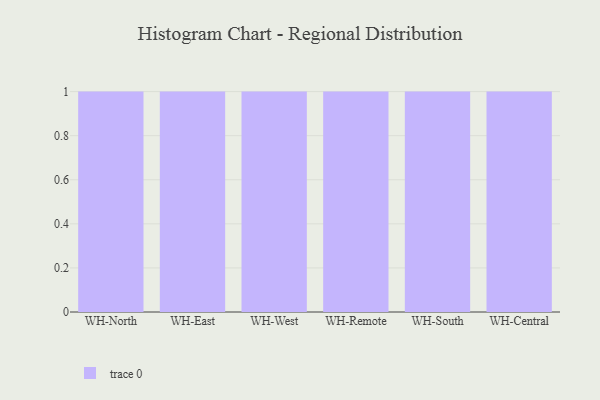
{"axis": {"x": "Warehouse", "y": "Tickets Resolved"}, "legend": [""], "data": [{"x": "WH-North", "y": 55, "type": ""}, {"x": "WH-East", "y": 14, "type": ""}, {"x": "WH-West", "y": 18, "type": ""}, {"x": "WH-Remote", "y": 32, "type": ""}, {"x": "WH-South", "y": 11, "type": ""}, {"x": "WH-Central", "y": 31, "type": ""}]}